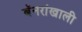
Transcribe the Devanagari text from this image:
बॅनरांखाली